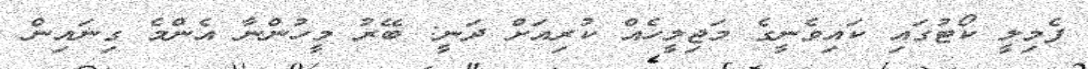
ފެމިލީ ކޯޓުގައި ކައިވެނީގެ މަޖިލީހެއް ކުރިއަށް ދަނީ: ބޭރު މީހުންނާ އެންމެ ގިނައިން